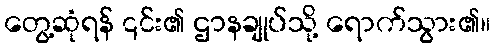
တွေ့ဆုံရန် ၎င်း၏ ဌာနချုပ်သို့ ရောက်သွား၏။